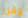
وقرر